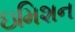
ઇમિશન